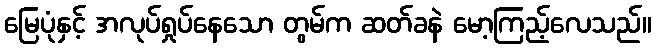
မြေပုံနှင့် အလုပ်ရှုပ်နေသော တွမ်က ဆတ်ခနဲ မော့ကြည့်လေသည်။